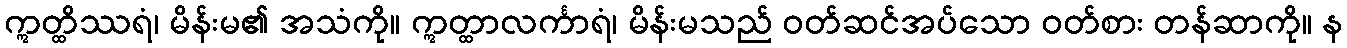
ဣတ္ထိဿရံ၊ မိန်းမ၏ အသံကို။ ဣတ္ထာလင်္ကာရံ၊ မိန်းမသည် ဝတ်ဆင်အပ်သော ဝတ်စား တန်ဆာကို။ န